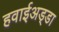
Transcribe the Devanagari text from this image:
हवाईअड्‍डा